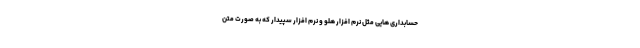
حسابداری هایی مثل نرم افزار هلو و نرم افزار سپیدار که به صورت متن